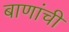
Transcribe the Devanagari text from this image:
बाणांची